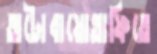
অটোবায়োগ্রাফিতে